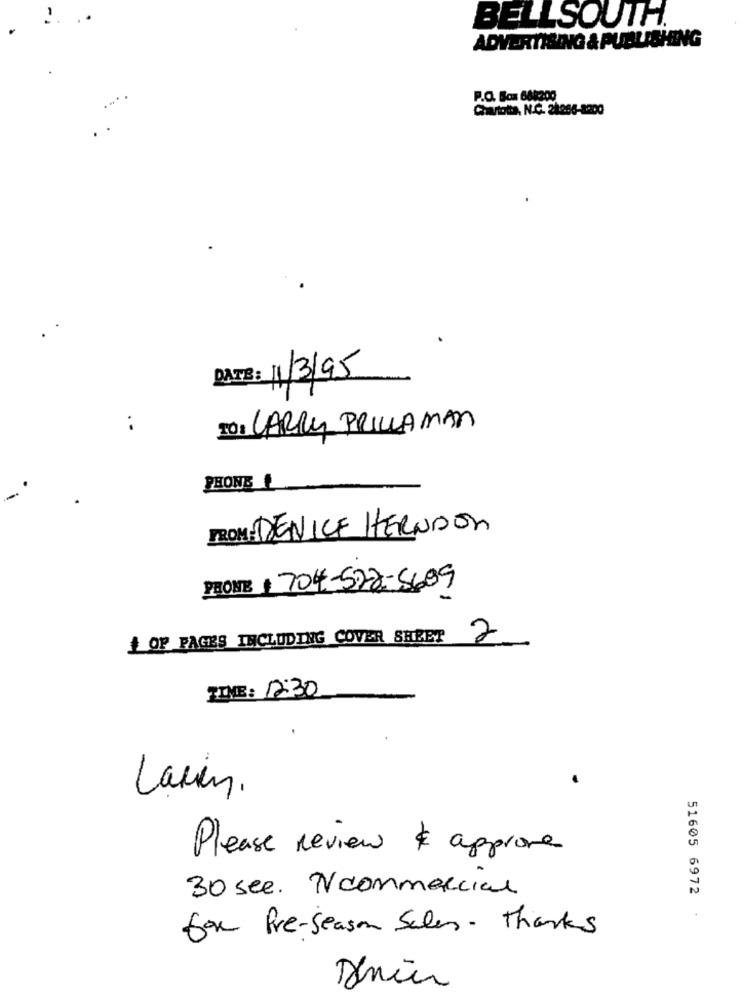
BELLSOUTH.
ADVERTISING & PUBLISHING
P.O. Box 641200
Chartotta, N.C. 21066-8200
DATE: 11/3/95
..
TO: LARRY PRILLA MAN
FROM : DENICE HERNDON
PRONTE 704-522-5609
+ OF PAGES INCLUDING COVER SHEET
2
TIME: 12:30
Lavin.
Please Review & approve
30 see. Ncommercial
51605 6972
for Pre-Season Sales- Thanks